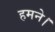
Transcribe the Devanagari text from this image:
हमने।